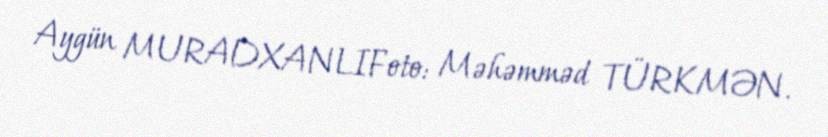
Aygün MURADXANLIFoto: Məhəmməd TÜRKMƏN.